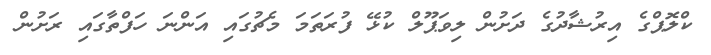
ކްލޮޕްގެ އިރުޝާދުގެ ދަށުން ލިވަޕޫލް ކުޅޭ ފުރަތަމަ މެޗުގައި އަންނަ ހަފްތާގައި ރަށުން